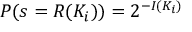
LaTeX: P ( s = R ( K _ { i } ) ) = 2 ^ { - I ( K _ { i } ) }